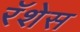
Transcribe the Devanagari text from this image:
रॅशेस